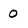
Character: O